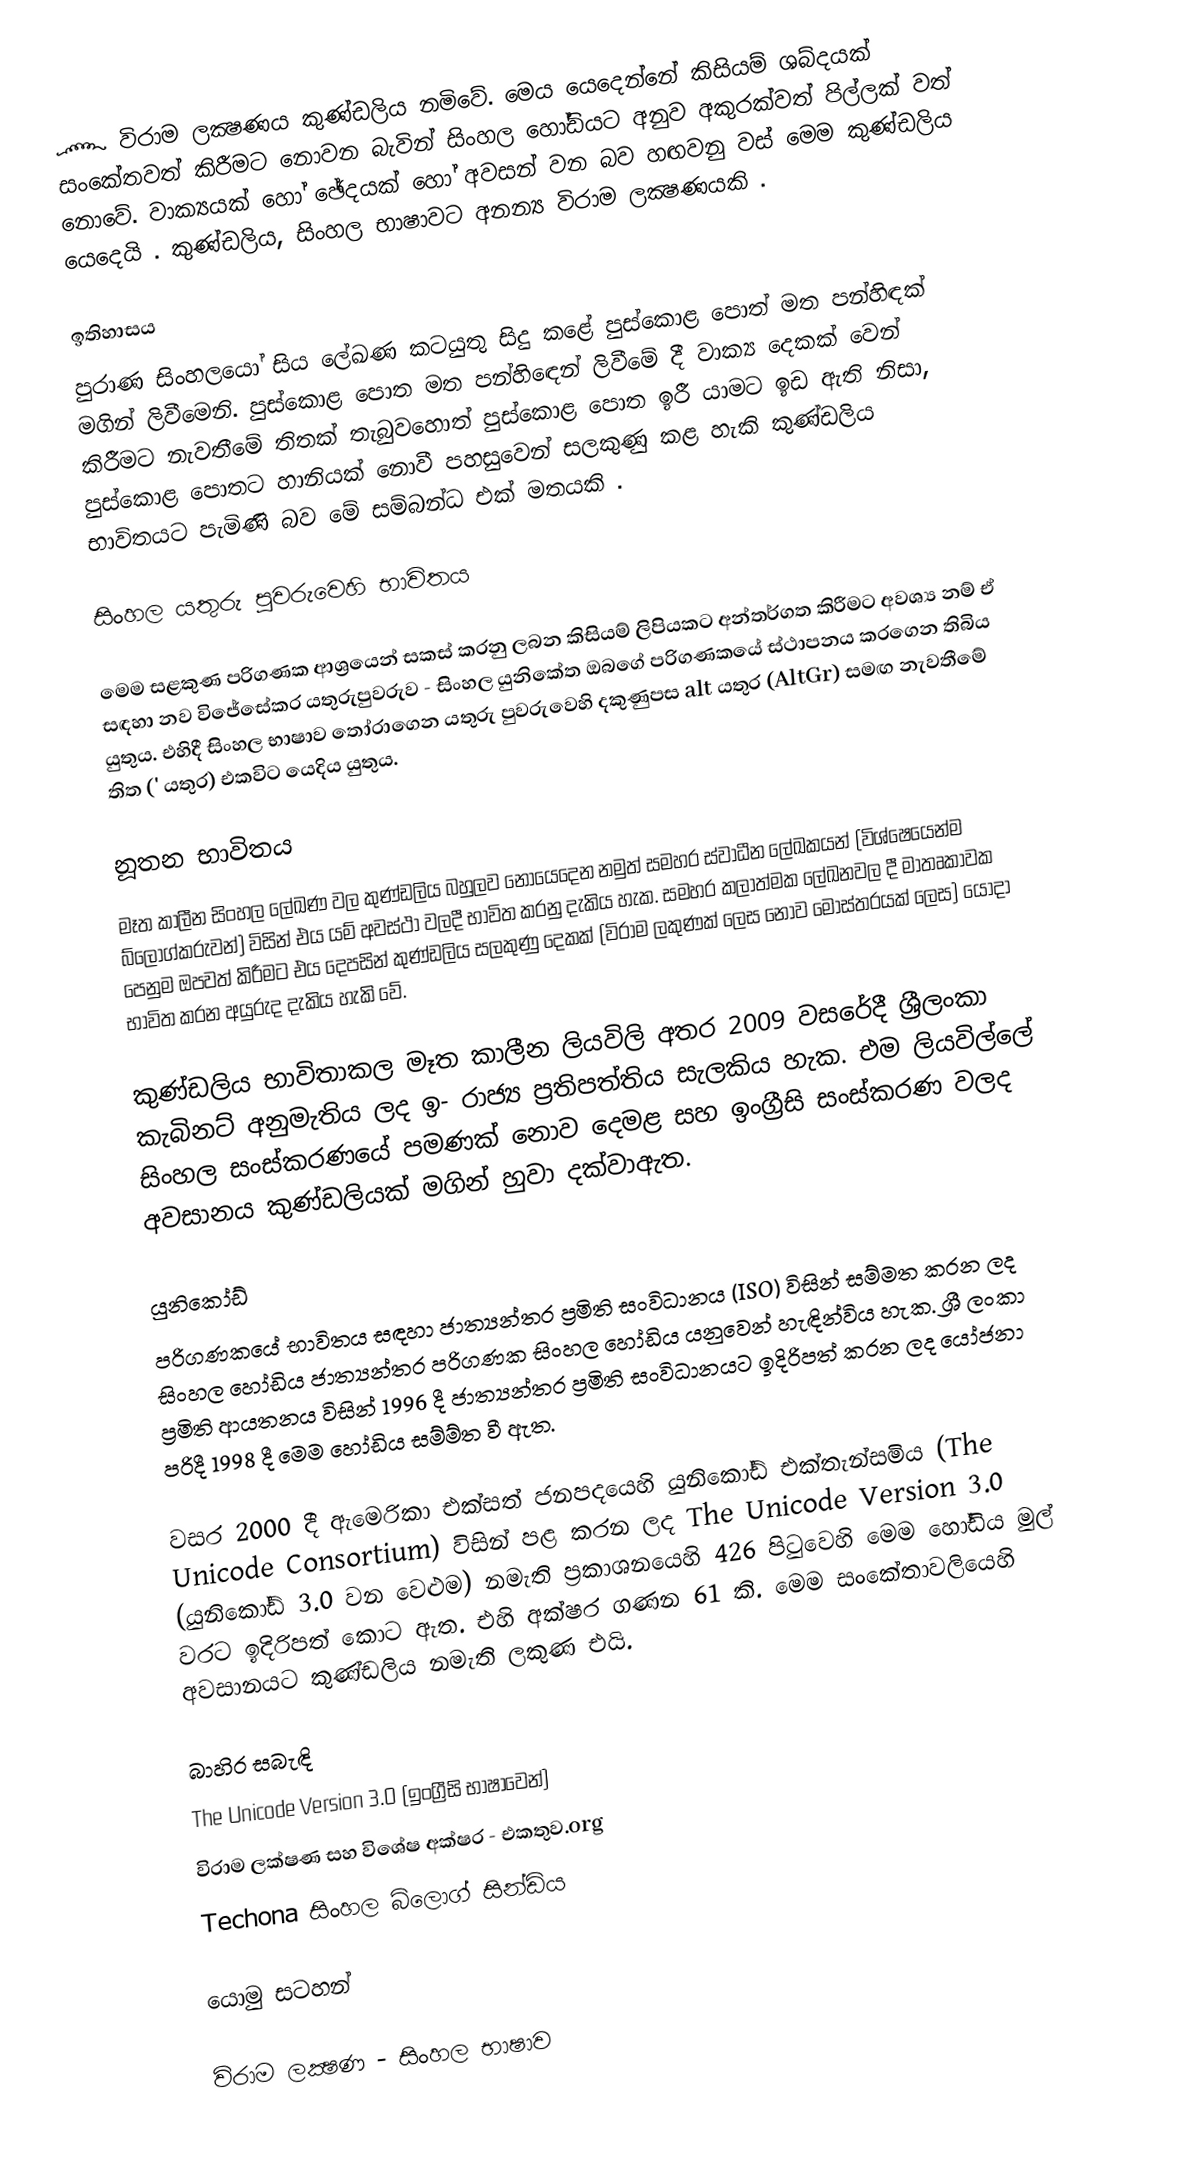
෴ විරාම ලක්‍ෂණය කුණ්ඩලිය නමිවේ. මෙය යෙදෙන්නේ කිසියම් ශබ්දයක් සංකේතවත් කිරීමට නොවන බැවින් සිංහල හෝඩියට අනුව අකුරක්වත් පිල්ලක් වත් නොවේ. වාක්‍යයක් හෝ ඡේදයක් හෝ අවසන් වන බව හඟවනු වස් මෙම කුණ්ඩලිය යෙදෙයි  . කුණ්ඩලිය, සිංහල භාෂාවට අනන්‍ය විරාම ලක්‍ෂණයකි .

ඉතිහාසය
පුරාණ සිංහලයෝ සිය ලේඛණ කටයුතු සිදු කළේ පුස්කොළ පොත් මත පන්හිඳක් මගින් ලිවීමෙනි. පුස්කොළ පොත මත පන්හිඳෙන් ලිවීමේ දී වාක්‍ය දෙකක් වෙන් කිරීමට නැවතීමේ තිතක් තැබුවහොත් පුස්කොළ පොත ඉරී යාමට ඉඩ ඇති නිසා, පුස්කොළ පොතට හානියක් නොවී පහසුවෙන් සලකුණු කළ හැකි කුණ්ඩලිය භාවිතයට පැමිණි බව මේ සම්බන්ධ එක් මතයකි  .

සිංහල යතුරු පුවරුවෙහි භාවිතය

මෙම සළකුණ පරිගණක ආශ්‍රයෙන් සකස් කරනු ලබන කිසියම් ලිපියකට අන්තර්ගත කිරීමට අවශ්‍ය නම් ඒ සඳහා නව විජේසේකර යතුරුපුවරුව - සිංහල යුනිකේත ඔබගේ පරිගණකයේ ස්ථාපනය කරගෙන තිබිය යුතුය. එහිදී සිංහල භාෂාව තෝරාගෙන යතුරු පුවරුවෙහි දකුණුපස alt යතුර (AltGr) සමඟ නැවතීමේ තිත (' යතුර) එකවිට යෙදිය යුතුය.

නූතන භාවිතය
මෑත කාලීන සිංහල ලේඛණ වල කුණ්ඩලිය බහුලව නොයෙදෙන නමුත් සමහර ස්වාධීන ලේඛකයන් (විශ්‍ෂෙයෙන්ම බ්ලොග්කරුවන්) විසින් එය යම් අවස්ථා වලදී භාවිත කරනු දැකිය හැක. සමහර කලාත්මක ලේඛනවල දී මාතෘකාවක පෙනුම ඔපවත් කිරීමට එය දෙපසින් කුණ්ඩලිය සලකුණු දෙකක් (විරාම ලකුණක් ලෙස නොව මෝස්තරයක් ලෙස) යොදා භාවිත කරන අයුරුද දැකිය හැකි වේ.

කුණ්ඩලිය භාවිතාකල මෑත කාලීන ලියවිලි අතර 2009 වසරේදී ශ්‍රීලංකා කැබිනට් අනුමැතිය ලද ඉ- රාජ්‍ය ප්‍රතිපත්තිය සැලකිය හැක. එම ලියවිල්ලේ සිංහල සංස්කරණයේ පමණක් නොව දෙමළ සහ ඉංග්‍රීසි සංස්කරණ වලද අවසානය කුණ්ඩලියක් මගින් හුවා දක්වාඇත.

යුනිකෝඩ්
පරිගණකයේ භාවිතය සඳහා ජාත්‍යන්තර ප්‍රමිති සංවිධානය (ISO) විසින් සම්මත කරන ලද සිංහල හෝඩිය ජාත්‍යන්තර පරිගණක සිංහල හෝඩිය යනුවෙන් හැඳින්විය හැක. ශ්‍රී ලංකා ප්‍රමිති ආයතනය විසින් 1996 දී ජාත්‍යන්තර ප්‍රමිති සංවිධානයට ඉදිරිපත් කරන ලද යෝජනා පරිදී 1998 දී මෙම හෝඩිය සම්ම්ත වී ඇත.

වසර 2000 දී ඇමෙරිකා එක්සත් ජනපදයෙහි යුනිකෝඩ් එක්තැන්සමිය (The Unicode Consortium) විසින් පළ කරන ලද The Unicode Version 3.0 (යුනිකෝඩ් 3.0 වන වෙළුම) නමැති ප්‍රකාශනයෙහි 426 පිටුවෙහි මෙම හෝඩිය මුල් වරට ඉදිරිපත් කොට ඇත. එහි අක්ෂර ගණන 61 කි. මෙම සංකේතාවලියෙහි අවසානයට කුණ්ඩලිය නමැති ලකුණ එයි.

බාහිර සබැඳි
 The Unicode Version 3.0 (ඉංග්‍රීසි භාෂාවෙන්)
 විරාම ලක්ෂණ සහ විශේෂ අක්ෂර - එකතුව.org
 Techona සිංහල බ්ලොග් සින්ඩිය

යොමු සටහන්

විරාම ලක්‍ෂණ - සිංහල භාෂාව